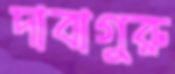
দাবাগুরু